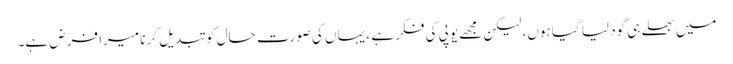
میں بھلے ہی گود لیا گیا ہوں، لیکن مجھے یوپی کی فکر ہے ، یہاں کی صورت حال کو تبدیل کرنا میرا فرض ہے۔